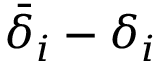
\bar { \delta } _ { i } - \delta _ { i }